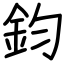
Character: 鈞